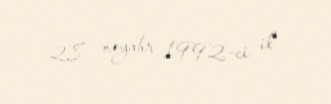
28 noyabr 1992-ci il